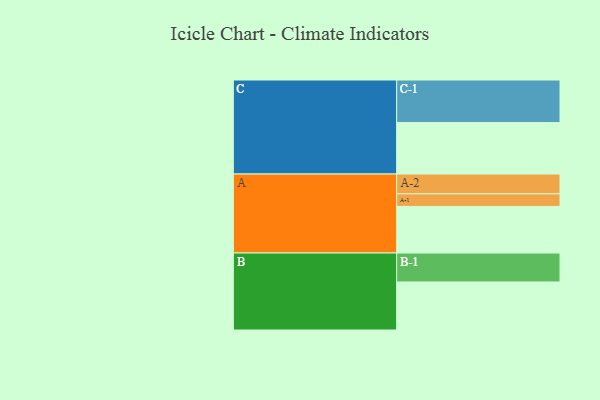
{"axis": {"x": "Segment", "y": "Value"}, "legend": ["", "A", "B", "C"], "data": [{"x": "A", "y": 325, "type": ""}, {"x": "B", "y": 335, "type": ""}, {"x": "C", "y": 359, "type": ""}, {"x": "A-1", "y": 88, "type": "A"}, {"x": "A-2", "y": 138, "type": "A"}, {"x": "B-1", "y": 202, "type": "B"}, {"x": "C-1", "y": 297, "type": "C"}]}